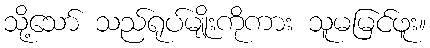
သို့သော် သည်ရုပ်မျိုးကိုကား သူမမြင်ဖူး။